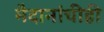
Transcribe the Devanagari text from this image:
मैदानांचीही